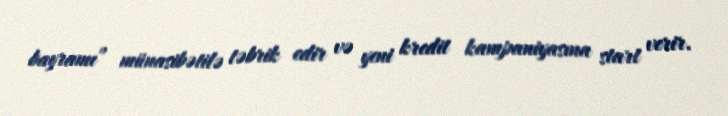
bayramı” münasibətilə təbrik edir və yeni kredit kampaniyasına start verir.